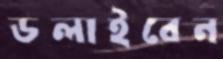
ডলাইবেন